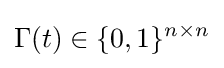
\Gamma (t)\in \{0,1\}^{n\times n}